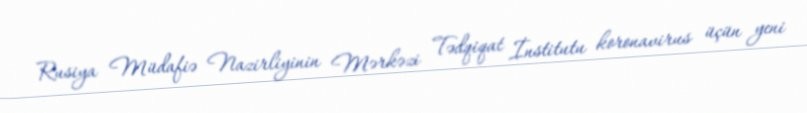
Rusiya Müdafiə Nazirliyinin Mərkəzi Tədqiqat İnstitutu koronavirus üçün yeni